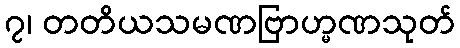
၇၊ တတိယသမဏဗြာဟ္မဏသုတ်